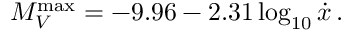
\ M _ { V } ^ { \operatorname* { m a x } } = - 9 . 9 6 - 2 . 3 1 \log _ { 1 0 } { \dot { x } } \, .